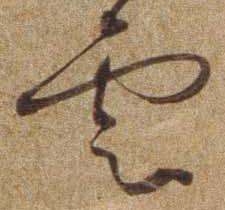
雲